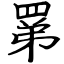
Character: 罤